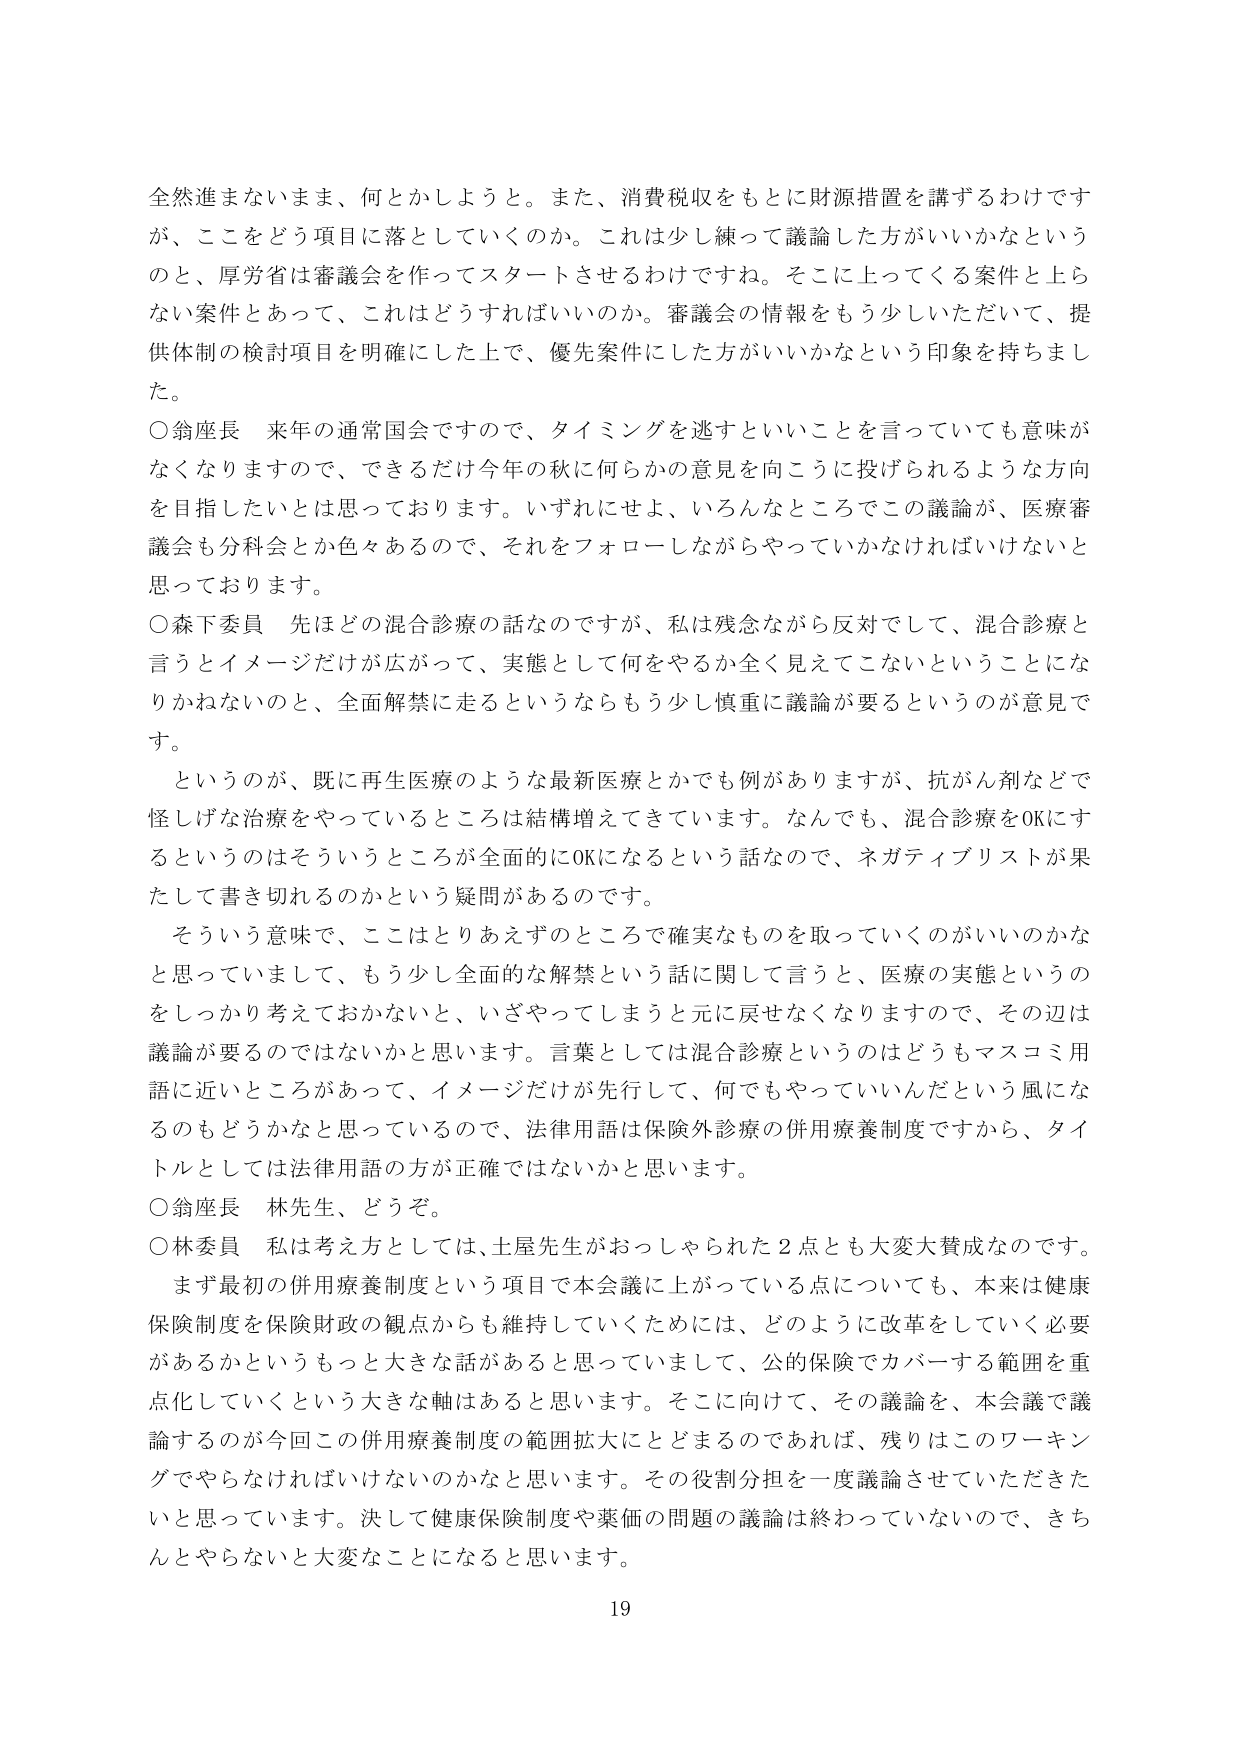
全然進まないまま、何とかしようと。また、消費税収をもとに財源措置を講ずるわけですが、これをどう項目に落としていくのか。これは少し練って議論した方がいいかなというのと、厚労省は審議会を作ってスタートさせるわけですな。そこに上ってくる案件と上らない案件とあって、これはどうすればいいのか。審議会の情報をもう少しいただいて、提供体制の検討項目を明確にした上で、優先案件にした方がいいかなという印象を持ちました。

○翁座長　来年の通常国会ですので、タイミングを逃すといいことを言っていても意味がなくなりますので、できるだけ今年の秋に何らかの意見を向こうに投げられるような方向を目指したいとは思っております。いずれにせよ、いろんなところでこの議論が、医療審議会も分科会とか色々あるので、それをフォローしながらやっていかなければならないと思っております。

○森下委員　先ほどの混合診療の話なのですが、私は残念ながら反対をして、混合診療と言うとイメージだけが広がって、実態として何をやるか全く見えてこないということになりかねないのと、全面解禁に走るというならもう少し慎重に議論が要るというのが意見です。

　というのが、既に再生医療のような最新医療とかでも例がありますが、抗がん剤などで怪しげな治療をやっているところは結構増えてきています。なんでも、混合診療をOKにするというのはそういうところが全面的にOKになるという話なので、ネガティブリストが果たして書き切れるのかという疑問があるのです。

　そういう意味で、ここはとりあえずのところで確実なものを取っていくのがいいのかなと思っていまして、もう少し全面的な解禁という話に関して言うと、医療の実態というのをしっかり考えておかないと、いざやってしまうと元に戻せなくなりますので、その辺は議論が要るのではないかと思います。言葉としては混合診療というのはどうもマスコミ用語に近いところがあって、イメージだけが先行して、何でもやっていいんだという風になるのもどうかなと思っているので、法律用語は保険外診療の併用療養制度ですから、タイトルとしては法律用語の方が正確ではないかと思います。

○翁座長　林先生、どうぞ。

○林委員　私は考え方としては、土屋先生がおっしゃられた２点とも大変大賛成なのです。まず最初の併用療養制度という項目で本会議に上がっている点についても、本来は健康保険制度を保険財政の観点からも維持していくためには、どのように改革をしていく必要があるかというもっと大きな話があると思っていまして、公的保険でカバーする範囲を重点化していくという大きな軸はあると思います。そこに向けて、その議論を、本会議で議論するのが今回この併用療養制度の範囲拡大にとどまるのであれば、残りはこのワーキングでやらなければならないのかなと思います。その役割分担を一度議論させていただきたいと思っています。決して健康保険制度や薬価の問題の議論は終わっていないので、きちんとやらないと大変なことになると思います。

19